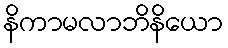
နိကာမလာဘိနိယော